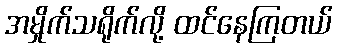
အမှိုက်သရိုက်လို့ ထင်နေကြတယ်